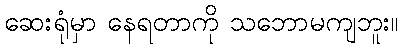
ဆေးရုံမှာ နေရတာကို သဘောမကျဘူး။